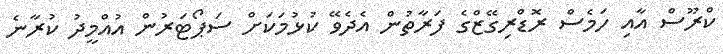
ކްރޫސް އާއި ހަމެސް ރޮޑްރިގޭޒްގެ ފަރާތުން އެދެވޭ ކުޅުމަކަށް ސަޕޯޓަރުން އުއްމީދު ކުރާނެ